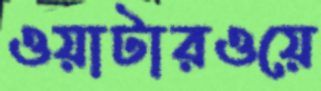
ওয়াটারওয়ে